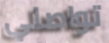
تواصلي